Annual administration and progress report of the Indian Medical Department, Bombay
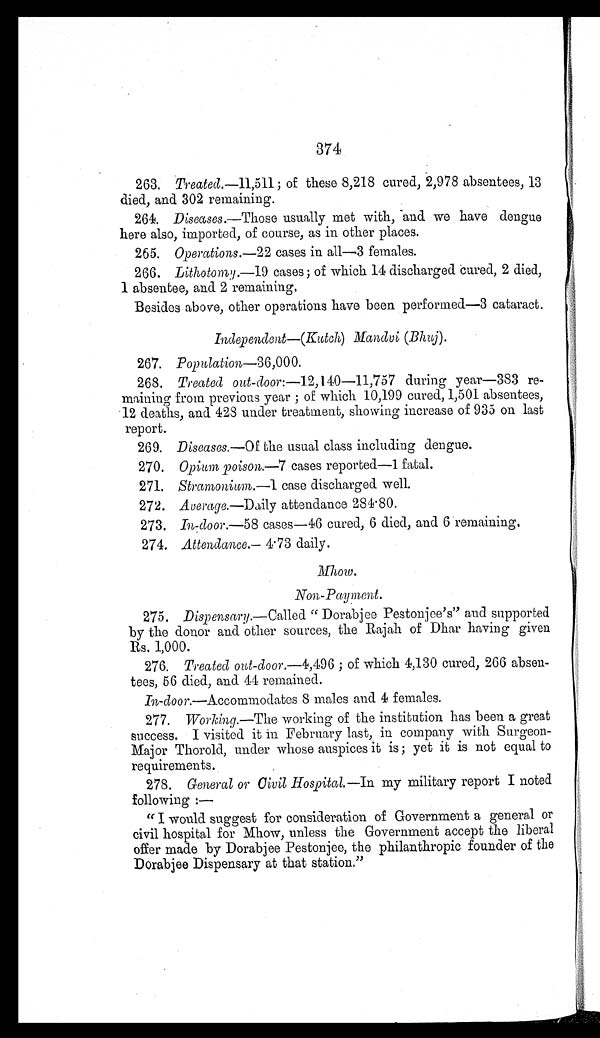
374
263.
Treated .—11,511; of these 8,218 cured, 2,978 absentees, 13
died, and 302 remaining.
264.
Diseases .—Those usually met with, and we have dengue
here also, imported, of course, as in other places.
265. Operations .—22 cases in all—3 females.
266.
Lithotomy .—19 cases; of which 14 discharged cured, 2 died,
1 absentee, and 2 remaining.
Besides above, other operations have been performed—3 cataract.
Independent— (Kutch) Mandvi (Bhuj).
267. Population—36,000.
268.
Treated out - door:—12,140—11,757 during year—383 re
-
maining from previous year; of which 10,199 cured, 1,501 absentees,
12 deaths, and 428 under treatment, showing increase of 935 on last
report.
269. Diseases .—Of the usual class including dengue.
270. Opium poison.—7 cases reported—1 fatal.
271. Stramonium. — 1 c a s e d i s c h a r g e d w e l l .
272. Average.—Daily attendance 284.80.
273. In-door .—58 cases—46 cured, 6 died, and 6 remaining.
274. Attendance .—4.73 daily.
Mhow.
Non-Payment.
275.
Dispensary .—Called "Dorabjee Pestonjee's" and supported
by the donor and other sources, the Rajah of Dhar having given
Rs. 1,000.
276.
Treated out-door .—4,496; of which 4,130 cured, 266 absen
-
tees, 56 died, and 44 remained.
In-door.—Accommodates 8 males and 4 females.
277.
Working .—The working of the institution has been a great
success. I visited it in February last, in company with Surgeon
-
Major Thorold, under whose auspices it is; yet it is not equal to
requirements.
278.
General or Civil Hospital .—In my military report I noted
following: —
"I would suggest for consideration of Government a general or
civil hospital for Mhow, unless the Government accept the liberal
offer made by Dorabjee Pestonjee, the philanthropic founder of the
Dorabjee Dispensary at that station."